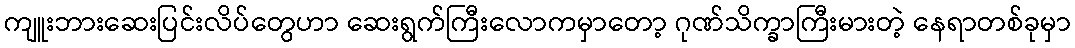
ကျူးဘားဆေးပြင်းလိပ်တွေဟာ ဆေးရွက်ကြီးလောကမှာတော့ ဂုဏ်သိက္ခာကြီးမားတဲ့ နေရာတစ်ခုမှာ